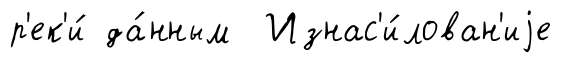
р'ек'и́ да́нным Изнас'и́лован'иjе